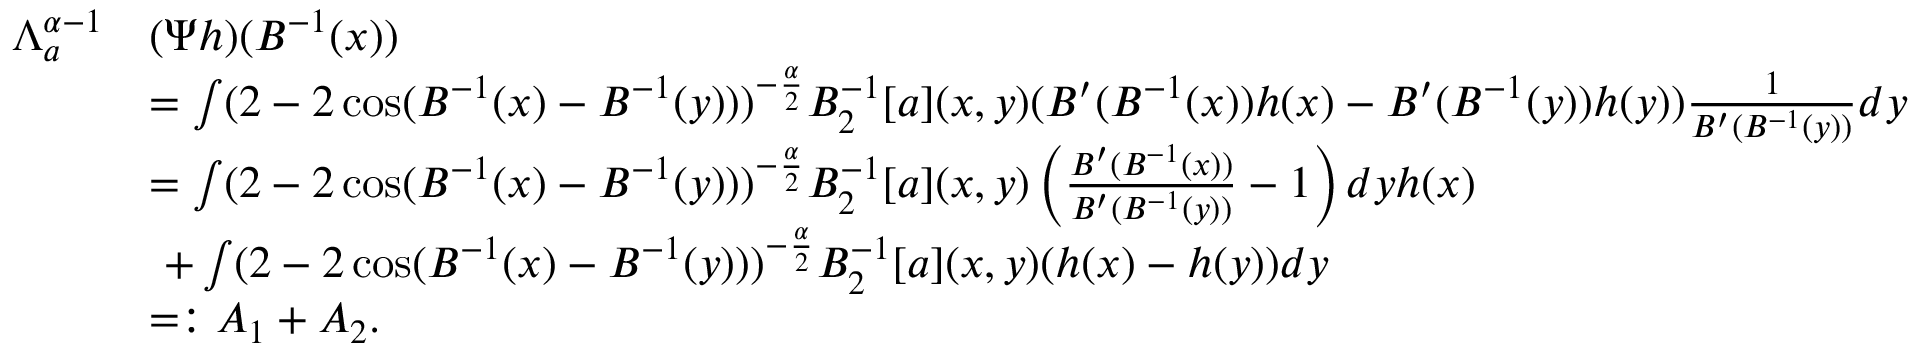
\begin{array} { r l } { \Lambda _ { a } ^ { \alpha - 1 } } & { ( \Psi h ) ( B ^ { - 1 } ( x ) ) } \\ & { = \int ( 2 - 2 \cos ( B ^ { - 1 } ( x ) - B ^ { - 1 } ( y ) ) ) ^ { - \frac { \alpha } { 2 } } B _ { 2 } ^ { - 1 } [ a ] ( x , y ) ( B ^ { \prime } ( B ^ { - 1 } ( x ) ) h ( x ) - B ^ { \prime } ( B ^ { - 1 } ( y ) ) h ( y ) ) \frac { 1 } { B ^ { \prime } ( B ^ { - 1 } ( y ) ) } d y } \\ & { = \int ( 2 - 2 \cos ( B ^ { - 1 } ( x ) - B ^ { - 1 } ( y ) ) ) ^ { - \frac { \alpha } { 2 } } B _ { 2 } ^ { - 1 } [ a ] ( x , y ) \left( \frac { B ^ { \prime } ( B ^ { - 1 } ( x ) ) } { B ^ { \prime } ( B ^ { - 1 } ( y ) ) } - 1 \right) d y h ( x ) } \\ & { \ + \int ( 2 - 2 \cos ( B ^ { - 1 } ( x ) - B ^ { - 1 } ( y ) ) ) ^ { - \frac { \alpha } { 2 } } B _ { 2 } ^ { - 1 } [ a ] ( x , y ) ( h ( x ) - h ( y ) ) d y } \\ & { = : A _ { 1 } + A _ { 2 } . } \end{array}